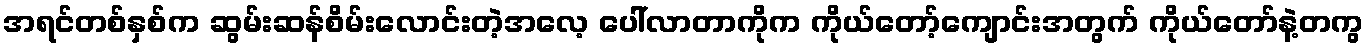
အရင်တစ်နှစ်က ဆွမ်းဆန်စိမ်းလောင်းတဲ့အလေ့ ပေါ်လာတာကိုက ကိုယ်တော့်ကျောင်းအတွက် ကိုယ်တော်နဲ့တကွ